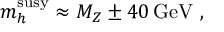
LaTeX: m _ { h } ^ { \mathrm { s u s y } } \approx M _ { Z } \pm 4 0 \, \mathrm { G e V } \ ,